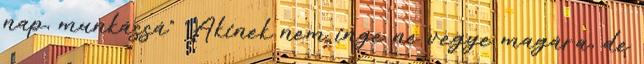
nap, munkássá” “Akinek nem inge ne vegye magára, de